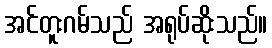
အင်တူးဂမ်သည် အရုပ်ဆိုးသည်။